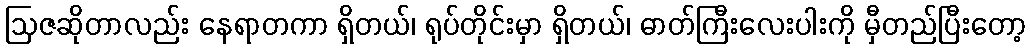
ဩဇဆိုတာလည်း နေရာတကာ ရှိတယ်၊ ရုပ်တိုင်းမှာ ရှိတယ်၊ ဓာတ်ကြီးလေးပါးကို မှီတည်ပြီးတော့